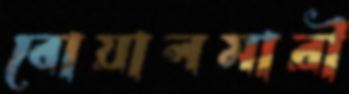
বোয়ালমারী